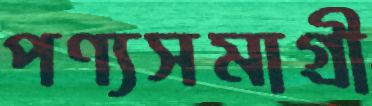
পণ্যসমাগ্রী